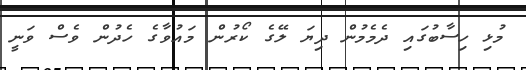
މުޅި ހިސާބުގައި ދެމެމުން ދިޔަ ލޭގެ ކޯރުން މައުވާގެ ހެދުން ވެސް ވަނީ